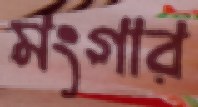
মংগার